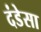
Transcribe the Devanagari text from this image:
दंडेसा